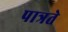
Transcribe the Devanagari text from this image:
पात्रते